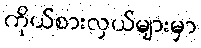
ကိုယ်စားလှယ်များမှာ